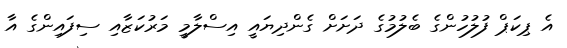
އެ ޕިކަޕް ފުލުހުންގެ ބެލުމުގެ ދަށަށް ގެންދިޔައީ އިސްލާމީ މަރުކަޒާއި ސިފައިންގެ އާ